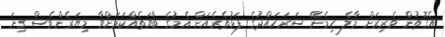
އެގޮތުން ވެރިރަށް މާލެ ހިމެނޭ ސަރަހައްދުގެ ފަޅުތެރެއަށް އެމުގެ ބާވަތެއްކަމަށްވާ މިޔަރެންވެސް ގިނަ